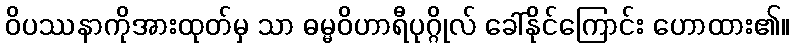
ဝိပဿနာကိုအားထုတ်မှ သာ ဓမ္မဝိဟာရီပုဂ္ဂိုလ် ခေါ်နိုင်ကြောင်း ဟောထား၏။